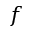
\boldsymbol f